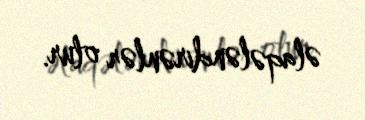
əlaqələndirənlər olur.